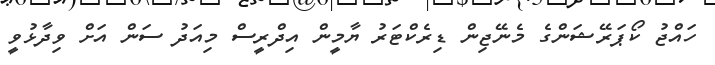
ހައްޖު ކޯޕަރޭޝަންގެ މެނޭޖިން ޑިރެކްޓަރު ޔާމީން އިދްރީސް މިއަދު ސަން އަށް ވިދާޅުވީ